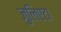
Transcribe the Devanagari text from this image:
जुलिएटा